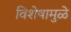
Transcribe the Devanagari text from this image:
विशेषामुळे